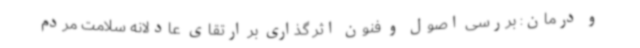
و درمان: بررسی اصول و فنون اثر گذاری بر ارتقای عادلانه سلامت مردم